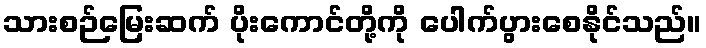
သားစဉ်မြေးဆက် ပိုးကောင်တို့ကို ပေါက်ပွားစေနိုင်သည်။